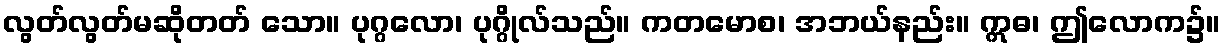
လွတ်လွတ်မဆိုတတ် သော။ ပုဂ္ဂလော၊ ပုဂ္ဂိုလ်သည်။ ကတမောစ၊ အဘယ်နည်း။ ဣဓ၊ ဤလောက၌။